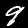
Label: 9